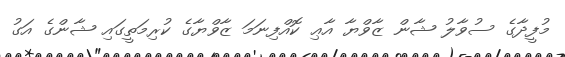
މުފީދާގެ ސުވާލު ޝާން ޒާވްޔާ އާޢި ކޮއްފިނަމަ ޒާވްޔާގެ ކުރިމަތީގައި ޝާންގެ އަގު